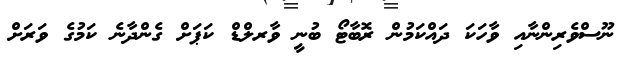
ނޫސްވެރިންނާއި ވާހަކަ ދައްކަމުން ރޮބާޓޯ ބުނީ ވާރލްޑް ކަޕަށް ގެންދާނެ ކަމުގެ ވަރަށް